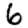
Digit: 6